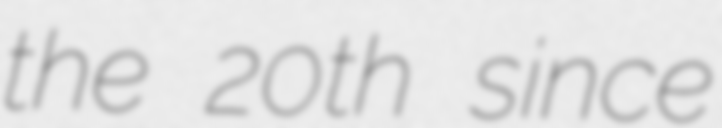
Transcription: the 20th since